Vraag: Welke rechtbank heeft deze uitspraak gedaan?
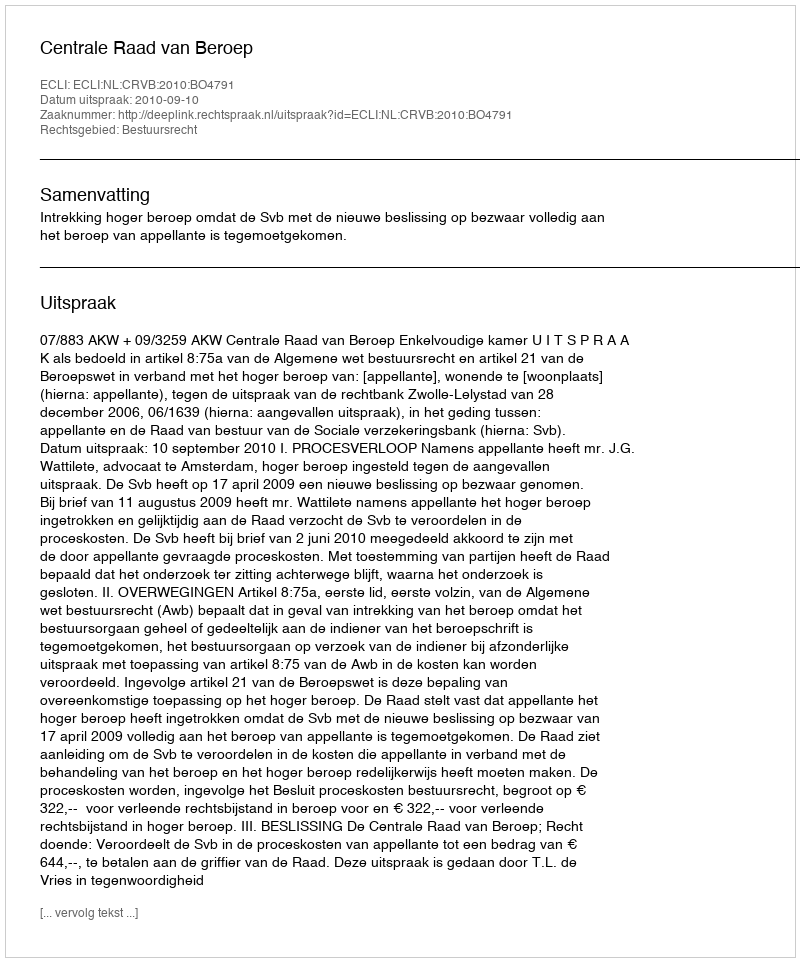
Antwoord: Centrale Raad van Beroep